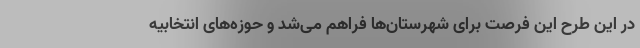
در این طرح این فرصت برای شهرستان‌ها فراهم می‌شد و حوزه‌های انتخابیه